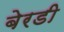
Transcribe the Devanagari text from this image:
बेरडी